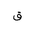
Letter: _qaf